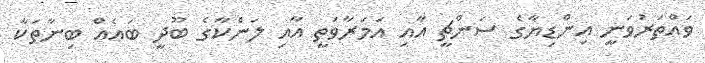
ވައްތަރުވަނީ އިންޑިޔާގެ ސަންޗީ އާއި އަމަރާވަތީ އާއި ލަންކާގެ ބޫދީ ބައެއް ބިނާތަކާ